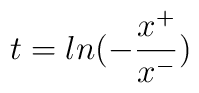
t=ln(-\frac{x^+}{x^-})